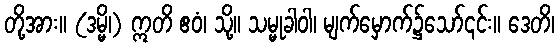
တို့အား။ (ဒမ္မိ၊) ဣတိ ဧဝံ၊ သို့။ သမ္မုခါဝါ၊ မျက်မှောက်၌သော်၎င်း။ ဒေတိ၊